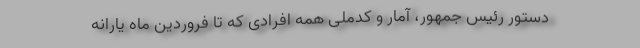
دستور رئیس جمهور، آمار و کدملی همه افرادی که تا فروردین ماه یارانه